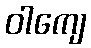
ဝါကျေ